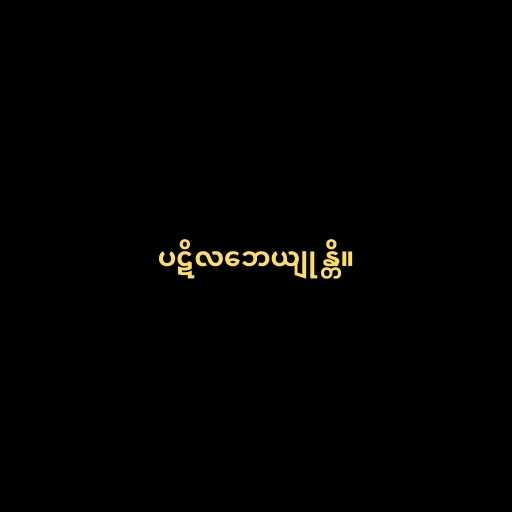
ပဋိလဘေယျုန္တိ။